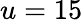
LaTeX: u=15